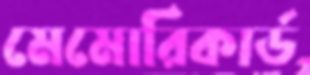
মেমোরিকার্ড